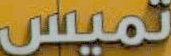
تميس